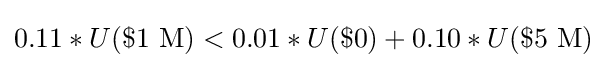
0.11*U(\${\text{1 M}})<0.01*U(\${\text{0}})+0.10*U(\${\text{5 M}})